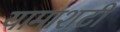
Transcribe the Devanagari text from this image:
यामाशटी